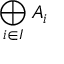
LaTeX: \bigoplus _ { i \in I } A _ { i }